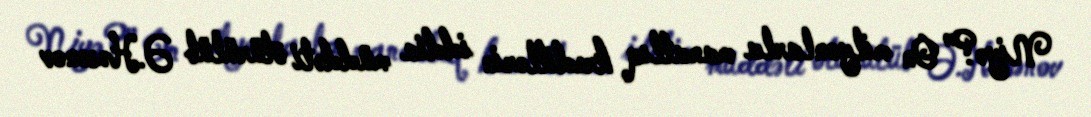
Niyə?” On milyonlarla manatlıq kreditlərin iddia müddəti ötürülüb Ə.Həsənov